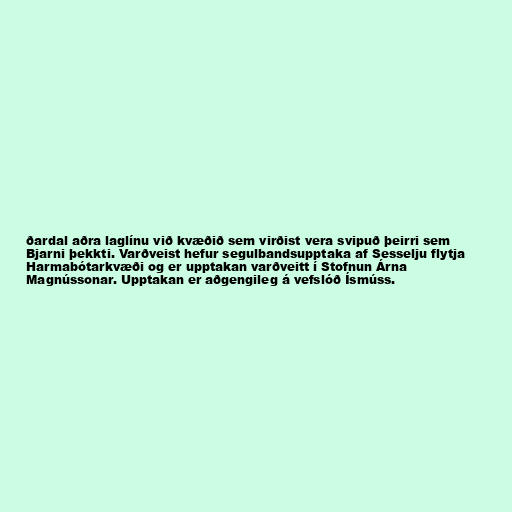
ðardal aðra laglínu við kvæðið sem virðist vera svipuð þeirri sem
Bjarni þekkti. Varðveist hefur segulbandsupptaka af Sesselju flytja
Harmabótarkvæði og er upptakan varðveitt í Stofnun Árna
Magnússonar. Upptakan er aðgengileg á vefslóð Ísmúss.